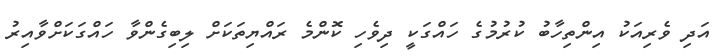
އަދި ވެރިއަކު އިންތިހާބު ކުރުމުގެ ހައްގަކީ ދިވެހި ކޮންމެ ރައްޔިތަކަށް ލިބިގެންވާ ހައްގަކަށްވާއިރު